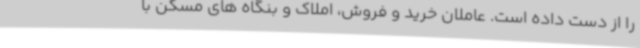
را از دست داده است. عاملان خرید و فروش، املاک و بنگاه های مسکن با